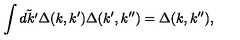
\int \tilde { d k ^ { \prime } } \Delta ( k , k ^ { \prime } ) \Delta ( k ^ { \prime } , k ^ { \prime \prime } ) = \Delta ( k , k ^ { \prime \prime } ) ,